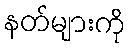
နတ်များကို